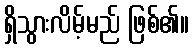
ရှိသွားလိမ့်မည် ဖြစ်၏။